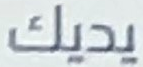
يديك